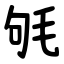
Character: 㲒